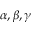
\alpha , \beta , \gamma